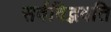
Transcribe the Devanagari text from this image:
सर्वविद्भवति